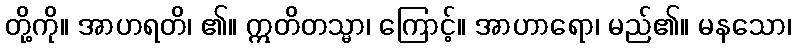
တို့ကို။ အာဟရတိ၊ ၏။ ဣတိတသ္မာ၊ ကြောင့်။ အာဟာရော၊ မည်၏။ မနသော၊